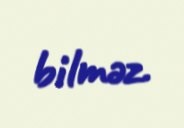
bilməz.